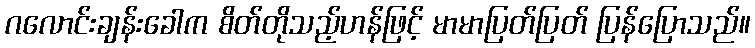
ဂလောင်းချန်းခေါက စိတ်တိုသည့်ဟန်ဖြင့် မာမာပြတ်ပြတ် ပြန်ပြောသည်။